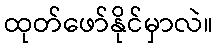
ထုတ်ဖော်နိုင်မှာလဲ။